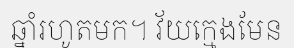
ឆ្នាំរហូតមក។ វ័យក្មេងមែន